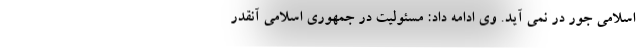
اسلامی جور در نمی آید. وی ادامه داد: مسئولیت در جمهوری اسلامی آنقدر